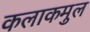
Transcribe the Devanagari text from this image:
कलाकमुल